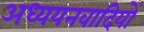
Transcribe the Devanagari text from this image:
अध्ययनवादियों